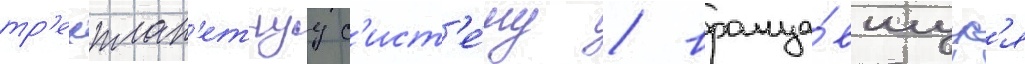
тр'ехплан'етнуу с'ист'е́му / враща́вшуус'я